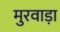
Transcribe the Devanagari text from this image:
मुरवाड़ा